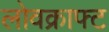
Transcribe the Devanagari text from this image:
लोवक्राफ्ट